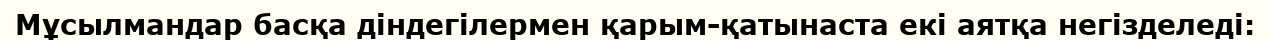
Мұсылмандар басқа діндегілермен қарым-қатынаста екі аятқа негізделеді: